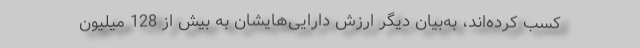
کسب کرده‌اند، به‌بیان دیگر ارزش دارایی‌هایشان به بیش از 128 میلیون